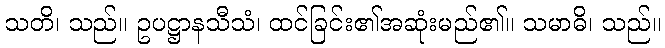
သတိ၊ သည်။ ဥပဋ္ဌာနသီသံ၊ ထင်ခြင်း၏အဆုံးမည်၏။ သမာဓိ၊ သည်။